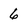
Character: 6